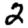
Digit: 2